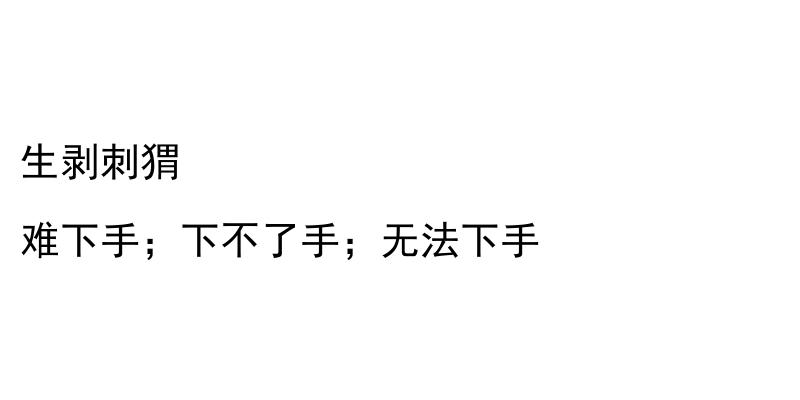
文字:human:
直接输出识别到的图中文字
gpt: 生剥刺猬 难下手；下不了手；无法下手